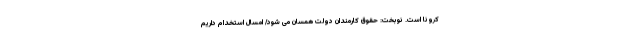
کرونا است. نوبخت: حقوق کارمندان دولت همسان می شود/ امسال استخدام داریم